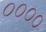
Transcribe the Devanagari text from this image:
००००